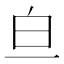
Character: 𬐃